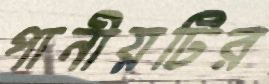
পানীয়টির